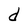
Character: d